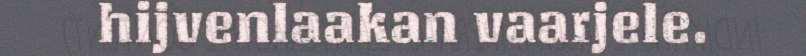
hijvenlaakan vaarjele.